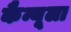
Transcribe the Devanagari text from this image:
कैन्यूला